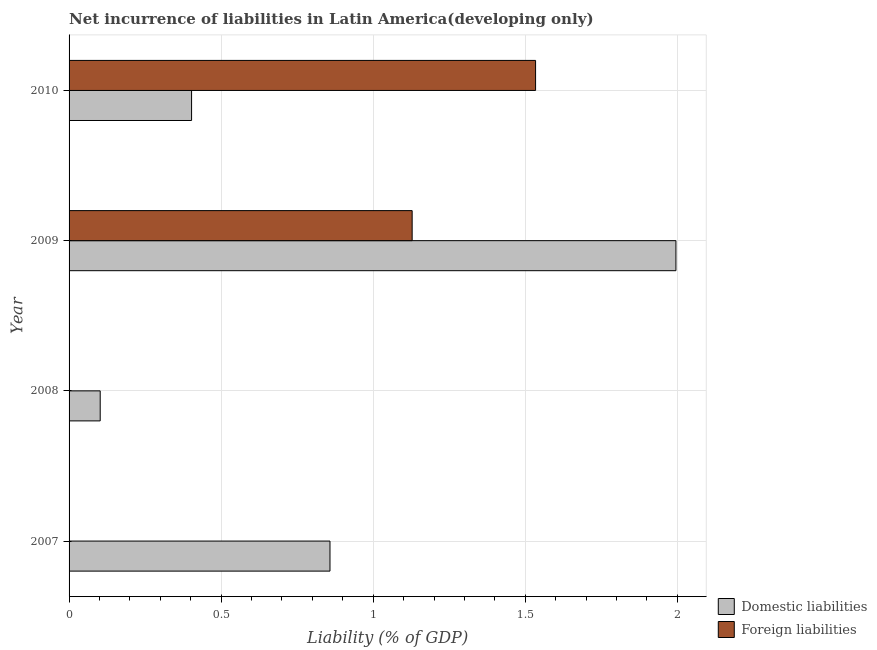
| Year | Domestic liabilities | Foreign liabilities |
 | --- | --- | --- |
 | 2007 | 0.858 | -0.101 |
 | 2008 | 0.102 | -0.175 |
 | 2009 | 2 | 1.13 |
 | 2010 | 0.403 | 1.53 |